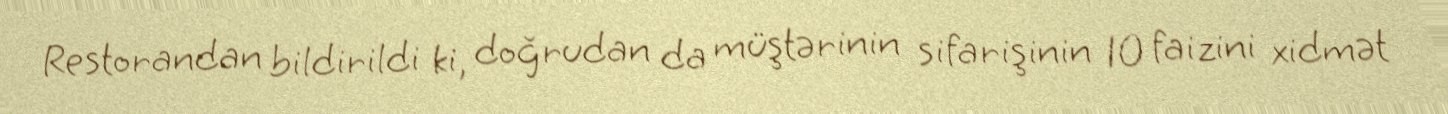
Restorandan bildirildi ki, doğrudan da müştərinin sifarişinin 10 faizini xidmət